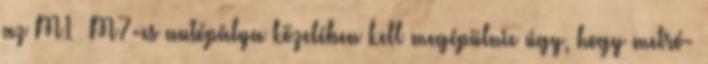
az M1 M7-es autópálya közelében kell megépülnie úgy, hogy metró-